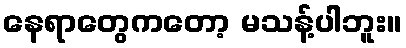
နေရာတွေကတော့ မသန့်ပါဘူး။